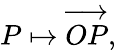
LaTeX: P\mapsto{\overrightarrow{OP}},